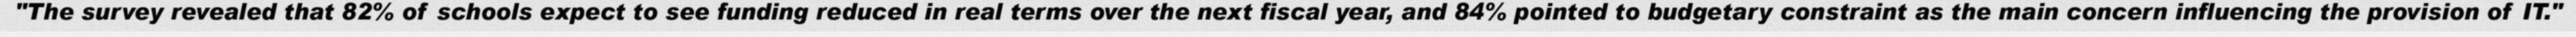
"The survey revealed that 82% of schools expect to see funding reduced in real terms over the next fiscal year, and 84% pointed to budgetary constraint as the main concern influencing the provision of IT."